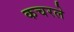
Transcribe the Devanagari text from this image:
कचरले